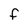
Character: F